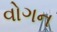
વોગન